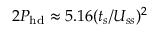
2 P _ { \mathrm { h d } } \approx 5 . 1 6 ( t _ { s } / U _ { s s } ) ^ { 2 }